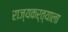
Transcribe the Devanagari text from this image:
राज्यकर्त्याला